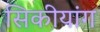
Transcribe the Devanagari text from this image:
सिकीयांग